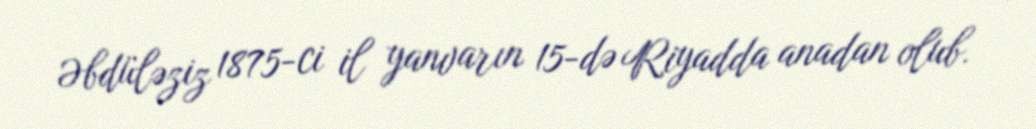
Əbdüləziz 1875-ci il yanvarın 15-də Riyadda anadan olub.